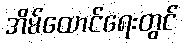
အိမ်ထောင်ရေးတွင်